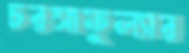
চরসাফুল্যার